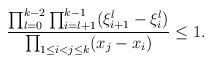
LaTeX: \begin{align*}\frac{\prod_{l=0}^{k-2}\prod_{i=l+1}^{k-1}(\xi^l_{i+1}-\xi_i^l)}{\prod_{1 \le i < j \le k}^{}(x_{j}-x_{i})} \le 1.\end{align*}